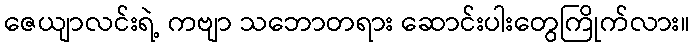
ဇေယျာလင်းရဲ့ ကဗျာ သဘောတရား ဆောင်းပါးတွေကြိုက်လား။